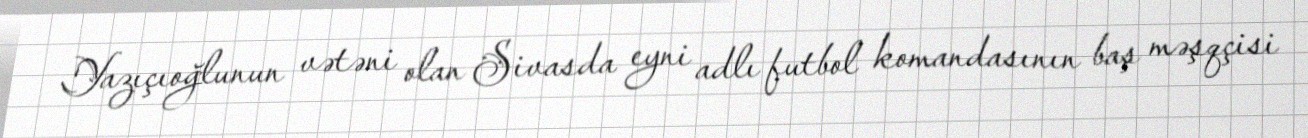
Yazıçıoğlunun vətəni olan Sivasda eyni adlı futbol komandasının baş məşqçisi